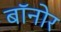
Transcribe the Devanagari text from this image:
बॉनोर